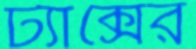
ট্যাক্সের